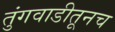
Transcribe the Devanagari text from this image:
तुंगवाडीतूनच